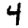
Digit: 4